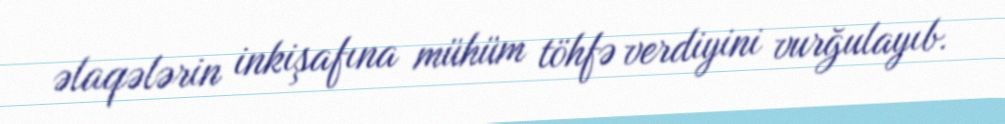
əlaqələrin inkişafına mühüm töhfə verdiyini vurğulayıb.